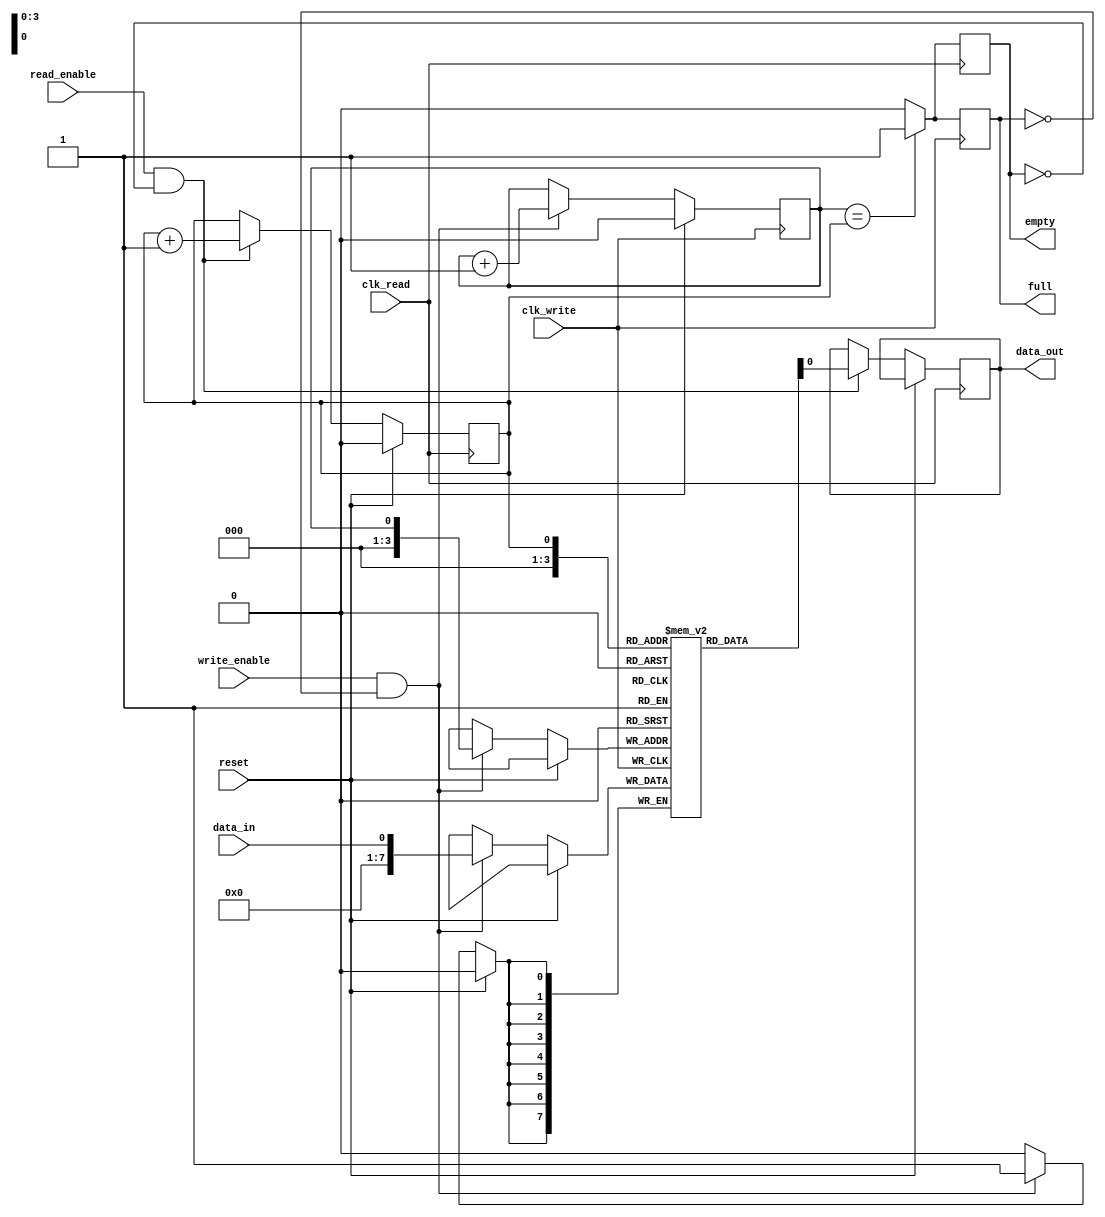
module Asynchronous_FIFO (
    input wire clk_write,
    input wire clk_read,
    input wire reset,
    input wire write_enable,
    input wire read_enable,
    input wire data_in,
    output reg data_out,
    output reg full,
    output reg empty
);

reg [7:0] buffer [0:15];
reg write_ptr = 0;
reg read_ptr = 0;

always @(posedge clk_write) begin
    if (reset) begin
        write_ptr <= 0;
    end else begin
        if (write_enable && !full) begin
            buffer[write_ptr] <= data_in;
            write_ptr <= write_ptr + 1;
        end
    end
    
    if (write_ptr == read_ptr) begin
        full <= 1;
    end else begin
        full <= 0;
    end
end

always @(posedge clk_read) begin
    if (reset) begin
        read_ptr <= 0;
    end else begin
        if (read_enable && !empty) begin
            data_out <= buffer[read_ptr];
            read_ptr <= read_ptr + 1;
        end
    end
    
    if (write_ptr == read_ptr) begin
        empty <= 1;
    end else begin
        empty <= 0;
    end
end

endmodule